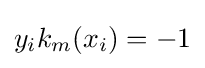
y_{i}k_{m}(x_{i})=-1